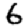
Digit: 6